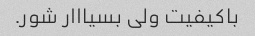
باکیفیت ولی بسیااار شور.